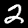
Label: 2